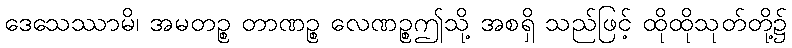
ဒေသေဿာမိ၊ အမတဉ္စ တာဏဉ္စ လေဏဉ္စဤသို့ အစရှိ သည်ဖြင့် ထိုထိုသုတ်တို့၌